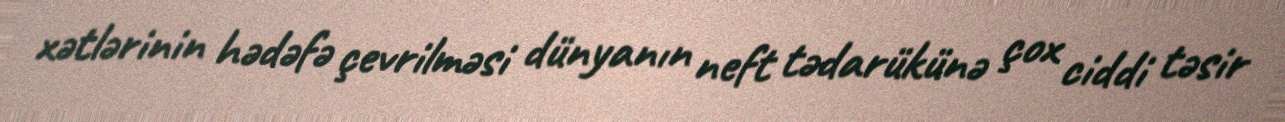
xətlərinin hədəfə çevrilməsi dünyanın neft tədarükünə çox ciddi təsir